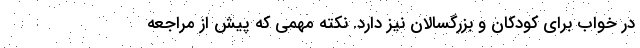
در خواب برای کودکان و بزرگسالان نیز دارد. نکته مهمی که پیش از مراجعه